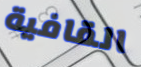
القافية